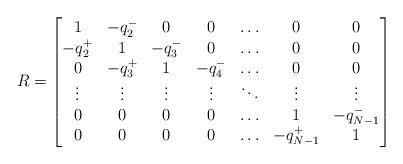
LaTeX: \begin{align*}R = \begin{bmatrix}1 & -q^-_2 & 0 & 0 & \ldots & 0 & 0\\-q^+_2 & 1 & -q^-_3 & 0 & \ldots & 0 & 0\\0 & -q^+_3 & 1 & -q^-_4 & \ldots & 0 & 0\\\vdots & \vdots & \vdots & \vdots & \ddots & \vdots & \vdots\\0 & 0 & 0 & 0 & \ldots & 1 & -q^-_{N-1}\\0 & 0 & 0 & 0 & \ldots & -q^+_{N-1} & 1\end{bmatrix}\end{align*}